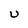
Character: U